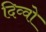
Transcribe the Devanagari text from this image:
दिव्वो